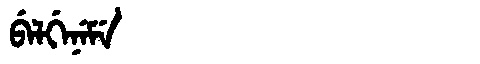
Manchu: ᠪᡝᠯᡤᡝᠨᡝᠮᡝ
Romanization: BELGENEME